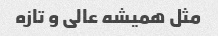
مثل همیشه عالی و تازه